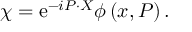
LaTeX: \chi = \mathrm { e } ^ { - i P \cdot X } \phi \left( x , P \right) .